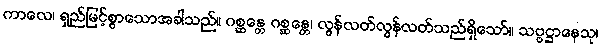
ကာလေ၊ ရှည်မြင့်စွာသောအခါသည်။ ဂစ္ဆန္တေ ဂစ္ဆန္တေ၊ လွန်လတ်လွန်လတ်သည်ရှိသော်။ သဗ္ဗဋ္ဌာနေသု၊